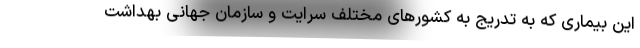
این بیماری که به تدریج به کشورهای مختلف سرایت و سازمان جهانی بهداشت